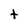
Character: t